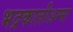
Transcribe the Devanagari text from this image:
भद्रकालीअम्मा